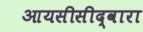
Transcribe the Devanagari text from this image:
आयसीसीद्वारा